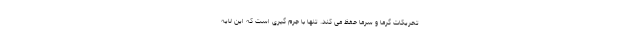
تحریکات گرما و سرما حفظ می کند. تنها با جرم گیری است که این لایه